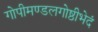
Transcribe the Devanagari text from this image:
गोपीमण्डलगोष्ठीभेदं